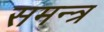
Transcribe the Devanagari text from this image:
समन्त्र